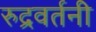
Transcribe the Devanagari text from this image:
रुद्रवर्तनी